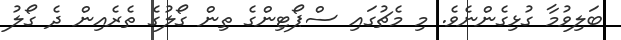
ބަލިވުމާ ގުޅިގެންނެވެ. މި މެޗުގައި ސްޕޯޓިންގެ ތިން ގޯލުގެ ތެރެއިން ދެ ގޯލު